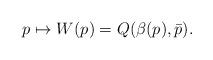
LaTeX: \begin{align*}p \mapsto W(p) = Q(\beta(p),\bar{p}).\end{align*}